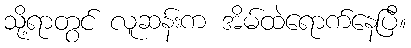
သို့ရာတွင် လူဆန်းက အိမ်ထဲရောက်နေပြီ။